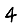
Digit: 4